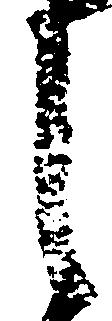
し